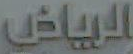
الرياض